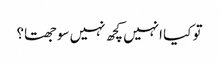
تو کیا انہیں کچھ نہیں سوجھتا؟